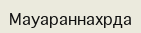
Мауараннахрда